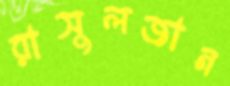
রাসুলজান